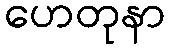
ဟေတုနာ